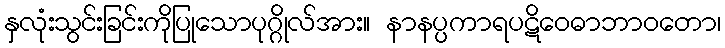
နှလုံးသွင်းခြင်းကိုပြုသောပုဂ္ဂိုလ်အား။ နာနပ္ပကာရပဋိဝေဓာဘာဝတော၊